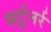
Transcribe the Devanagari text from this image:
सर्टुनर्र